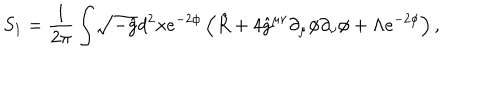
S _ { 1 } = \frac { 1 } { 2 \pi } \int \! \sqrt { - \hat { g } } d ^ { 2 } x e ^ { - 2 \phi } \left( \hat { R } + 4 \hat { g } ^ { \mu \nu } \partial _ { \mu } \phi \partial _ { \nu } \phi + \Lambda e ^ { - 2 \phi } \right) ,